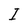
Character: I